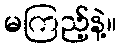
မကြည့်နဲ့။